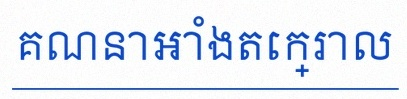
គណនាអាំងតេក្រាល